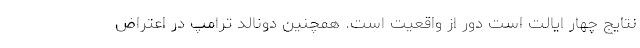
نتایج چهار ایالت است دور از واقعیت است. همچنین دونالد ترامپ در اعتراض